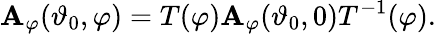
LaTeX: \mathbf{A}_{\varphi}(\vartheta_{0},\varphi)=T(\varphi)\mathbf{A}_{\varphi}(\vartheta_{0},0)T^{-1}(\varphi).